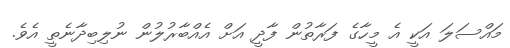
މައްސަލަ އަކީ އެ މީހާގެ ފަރާތުން ފާދީ އަށް އެއްބާރުލުން ނުލިބިދާނެތީ އެވެ.